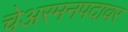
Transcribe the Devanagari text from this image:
चेअरमनपदावर